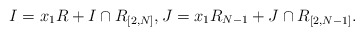
\begin{align*}I = x_1 R + I \cap R_{[2,N]},J = x_1 R_{N-1} + J \cap R_{[2, N-1]}.\end{align*}